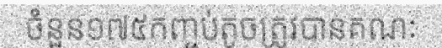
ចំនួន១៧៥កញ្ចប់តូចត្រូវបានគណៈ